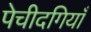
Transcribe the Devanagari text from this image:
पेचीदगियाँ